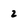
Character: 2